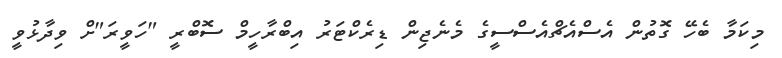
މިކަމާ ބެހޭ ގޮތުން އެސްއެޗްއެސްސީގެ މެނެޖިން ޑިރެކްޓަރު އިބްރާހީމް ސޮބްރީ "ހަވީރަ"ށް ވިދާޅުވީ